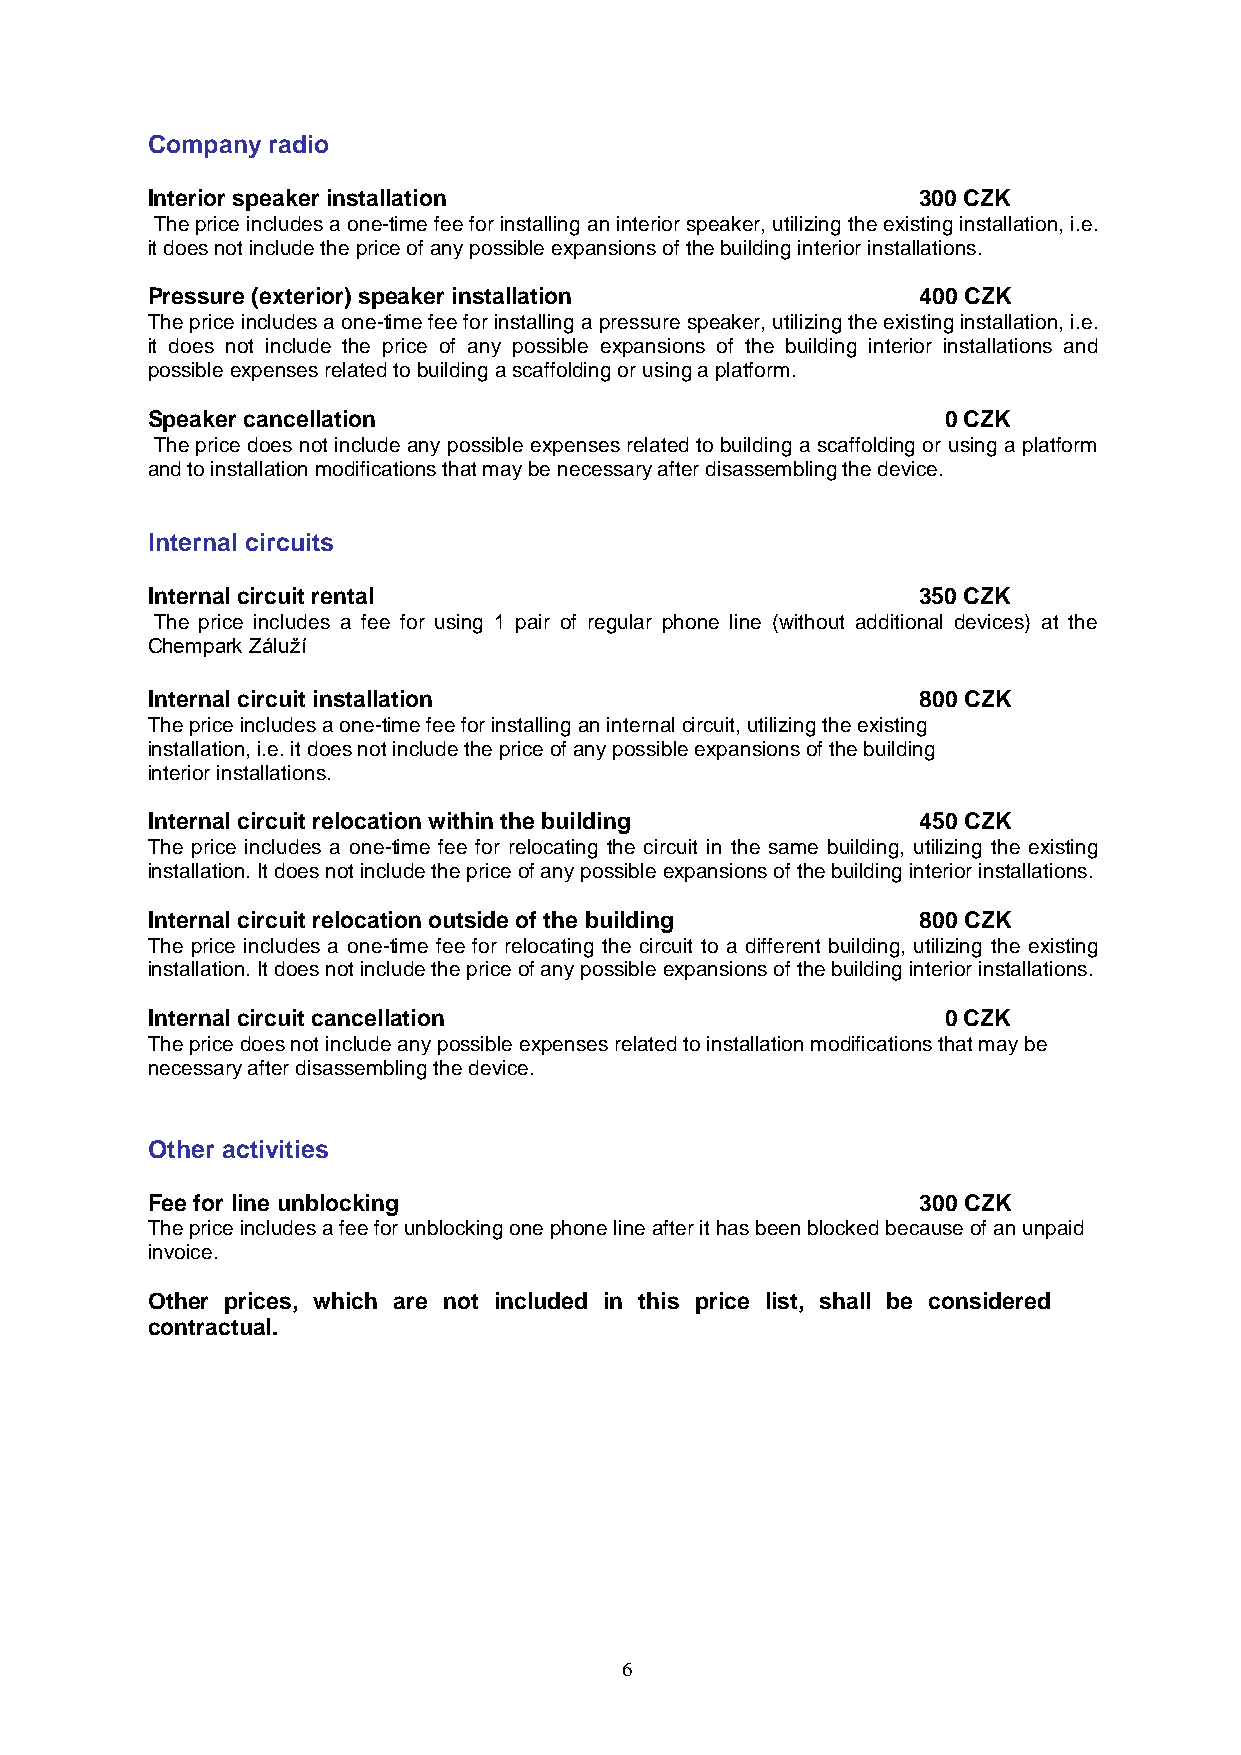
Company radio
 Interior speaker installation                      300 CZK
 The price includes a one-time fee for installing an interior speaker, utilizing the existing installation, i.e.
 it does not include the price of any possible expansions of the building interior installations.
 Pressure (exterior) speaker installation           400 CZK
 The price includes a one-time fee for installing a pressure speaker, utilizing the existing installation, i.e.
 it does not include the price of any possible expansions of the building interior installations and
 possible expenses related to building a scaffolding or using a platform.
 Speaker cancellation                                 0 CZK
 The price does not include any possible expenses related to building a scaffolding or using a platform
 and to installation modifications that may be necessary after disassembling the device.
 Internal circuits
 Internal circuit rental                            350 CZK
 The price includes a fee for using 1 pair of regular phone line (without additional devices) at the
 Chempark Záluží
 Internal circuit installation                      800 CZK
 The price includes a one-time fee for installing an internal circuit, utilizing the existing
 installation, i.e. it does not include the price of any possible expansions of the building
 interior installations.
 Internal circuit relocation within the building    450 CZK
 The price includes a one-time fee for relocating the circuit in the same building, utilizing the existing
 installation. It does not include the price of any possible expansions of the building interior installations.
 Internal circuit relocation outside of the building 800 CZK
 The price includes a one-time fee for relocating the circuit to a different building, utilizing the existing
 installation. It does not include the price of any possible expansions of the building interior installations.
 Internal circuit cancellation                        0 CZK
 The price does not include any possible expenses related to installation modifications that may be
 necessary after disassembling the device.
 Other activities
 Fee for line unblocking                            300 CZK
 The price includes a fee for unblocking one phone line after it has been blocked because of an unpaid
 invoice.
 Other prices, which are not included in this price list, shall be considered
 contractual.
 6